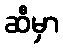
ဆီမှာ